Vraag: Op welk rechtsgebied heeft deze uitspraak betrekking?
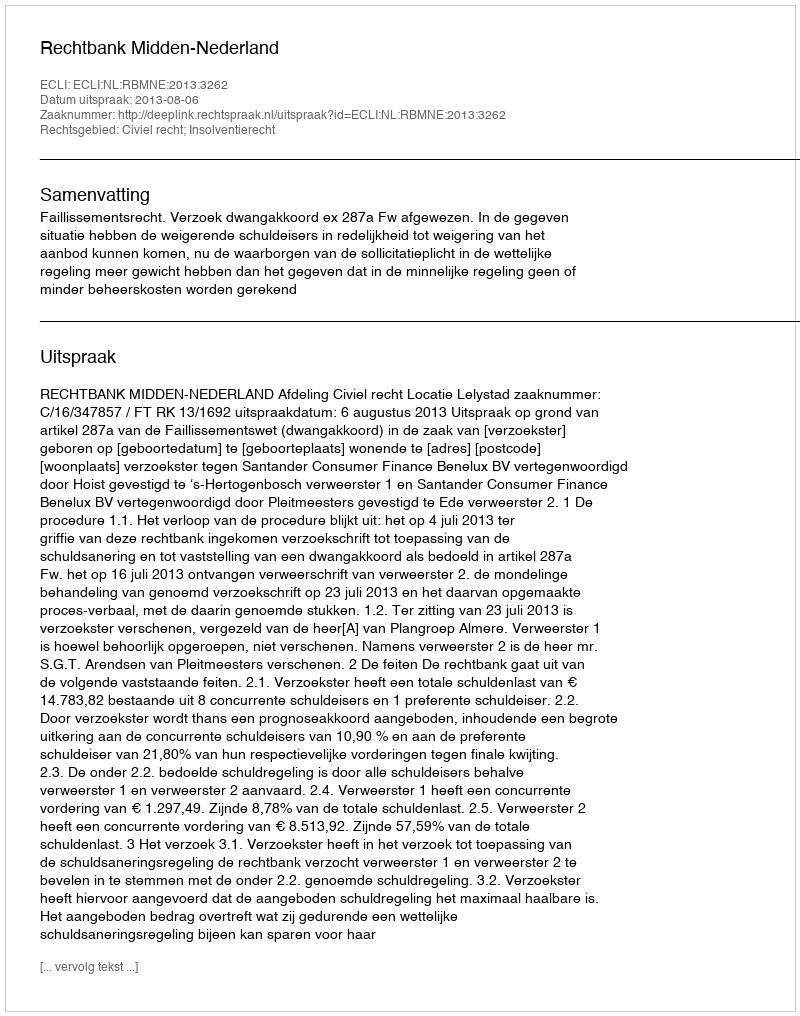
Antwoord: Civiel recht; Insolventierecht